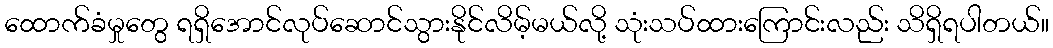
ထောက်ခံမှုတွေ ရရှိအောင်လုပ်ဆောင်သွားနိုင်လိမ့်မယ်လို့ သုံးသပ်ထားကြောင်းလည်း သိရှိရပါတယ်။